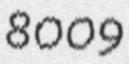
8009